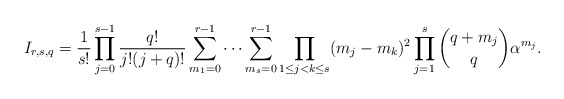
\begin{align*}I_{r,s,q}=\frac{1}{s!}\prod_{j=0}^{s-1}\frac{q!}{j!(j+q)!}\sum_{m_1=0}^{r-1}\cdots \sum_{m_s=0}^{r-1}\prod_{1\leq j<k \leq s} (m_j-m_k)^2\prod_{j=1}^{s}\binom{q+m_j}{q}\alpha^{m_j}.\end{align*}